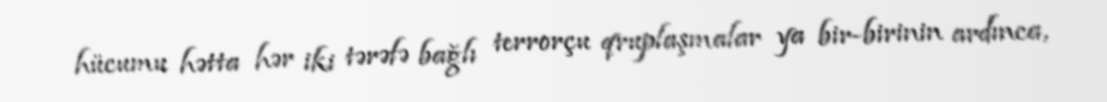
hücumu hətta hər iki tərəfə bağlı terrorçu qruplaşmalar ya bir-birinin ardınca,